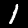
Digit: 1